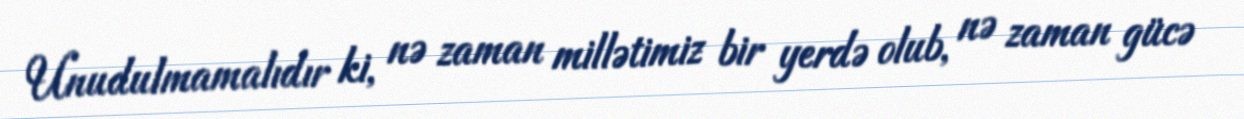
Unudulmamalıdır ki, nə zaman millətimiz bir yerdə olub, nə zaman gücə